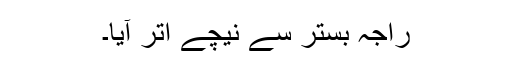
راجہ بستر سے نیچے اتر آیا۔